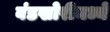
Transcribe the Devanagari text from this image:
बंडखोरीमध्ये